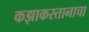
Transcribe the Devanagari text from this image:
कझाकस्तानाचा